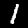
Digit: 1